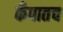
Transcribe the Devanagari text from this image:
कँपातच